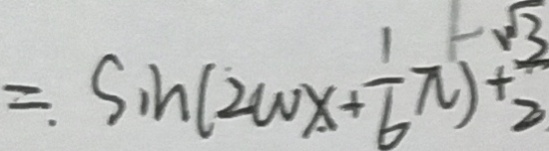
= \sin ( 2 w x + \frac { 1 } { 6 } \pi ) + \frac { \sqrt { 3 } } { 2 }